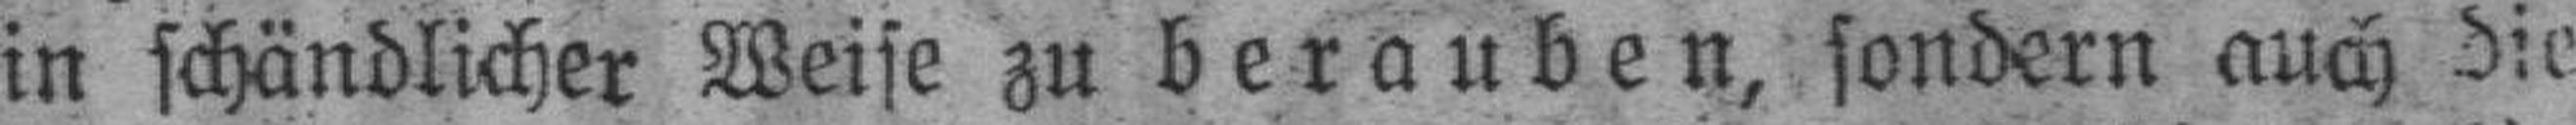
in schändlicher Weise zu berauben, sondern auch die